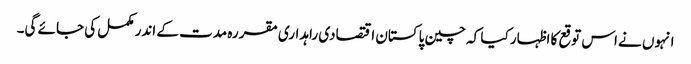
انہوں نے اس توقع کا اظہار کیا کہ چین پاکستان اقتصادی راہداری مقررہ مدت کے اندر مکمل کی جائے گی۔